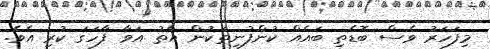
މިފަހަރު ވެސް ބޮޑެތި ބައެއް ކުންފުނިތަކުން އާތު އަވާ ފާހަގަ ކުރި އެވެ.